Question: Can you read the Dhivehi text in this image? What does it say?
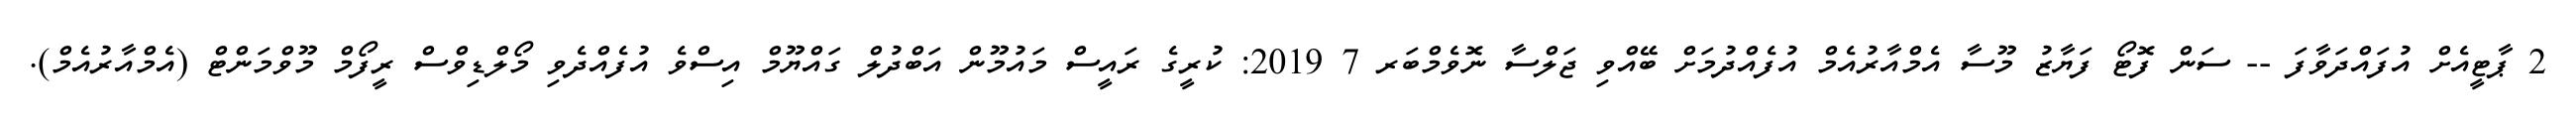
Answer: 2 ޕާޓީއެށް އުފައްދަވާފަ -- ސަން ފޮޓޯ ފަޔާޒު މޫސާ އެމްއާރުއެމް އުފެއްދުމަށް ބޭއްވި ޖަލްސާ ނޮވެމްބަރ 7 2019: ކުރީގެ ރައީސް މައުމޫން އަބްދުލް ގައްޔޫމް އިސްވެ އުފެއްދެވި މޯލްޑިވްސް ރީފޯމް މޫވްމަންޓް (އެމްއާރުއެމް).